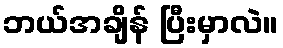
ဘယ်အချိန် ပြီးမှာလဲ။